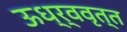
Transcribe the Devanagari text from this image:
ऊध्र्ववृत्त